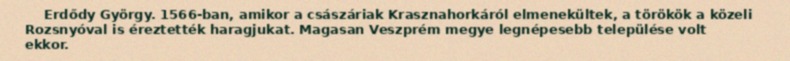
Erdődy György. 1566-ban, amikor a császáriak Krasznahorkáról elmenekültek, a törökök a közeli Rozsnyóval is éreztették haragjukat. Magasan Veszprém megye legnépesebb települése volt ekkor.